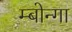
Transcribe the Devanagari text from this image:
म्बोन्गा